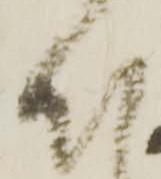
ほ